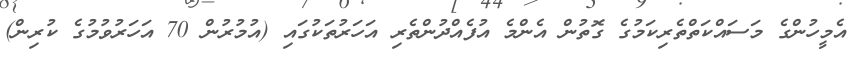
އެމީހުންގެ މަސައްކަތްތެރިކަމުގެ ގޮތުން އެންމެ އުފެއްދުންތެރި އަހަރުތަކުގައި (އުމުރުން 70 އަހަރުވުމުގެ ކުރިން)